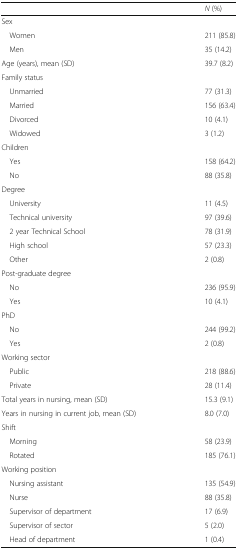
<table><thead><tr><td></td><td><b><i>N</i> (%)</b></td></tr></thead><tbody><tr><td colspan="2">Sex</td></tr><tr><td> Women</td><td>211 (85.8)</td></tr><tr><td> Men</td><td>35 (14.2)</td></tr><tr><td>Age (years), mean (SD)</td><td>39.7 (8.2)</td></tr><tr><td colspan="2">Family status</td></tr><tr><td> Unmarried</td><td>77 (31.3)</td></tr><tr><td> Married</td><td>156 (63.4)</td></tr><tr><td> Divorced</td><td>10 (4.1)</td></tr><tr><td> Widowed</td><td>3 (1.2)</td></tr><tr><td colspan="2">Children</td></tr><tr><td> Yes</td><td>158 (64.2)</td></tr><tr><td> No</td><td>88 (35.8)</td></tr><tr><td colspan="2">Degree</td></tr><tr><td> University</td><td>11 (4.5)</td></tr><tr><td> Technical university</td><td>97 (39.6)</td></tr><tr><td> 2 year Technical School</td><td>78 (31.9)</td></tr><tr><td> High school</td><td>57 (23.3)</td></tr><tr><td> Other</td><td>2 (0.8)</td></tr><tr><td colspan="2">Post-graduate degree</td></tr><tr><td> No</td><td>236 (95.9)</td></tr><tr><td> Yes</td><td>10 (4.1)</td></tr><tr><td colspan="2">PhD</td></tr><tr><td> No</td><td>244 (99.2)</td></tr><tr><td> Yes</td><td>2 (0.8)</td></tr><tr><td colspan="2">Working sector</td></tr><tr><td> Public</td><td>218 (88.6)</td></tr><tr><td> Private</td><td>28 (11.4)</td></tr><tr><td>Total years in nursing, mean (SD)</td><td>15.3 (9.1)</td></tr><tr><td>Years in nursing in current job, mean (SD)</td><td>8.0 (7.0)</td></tr><tr><td colspan="2">Shift</td></tr><tr><td> Morning</td><td>58 (23.9)</td></tr><tr><td> Rotated</td><td>185 (76.1)</td></tr><tr><td colspan="2">Working position</td></tr><tr><td> Nursing assistant</td><td>135 (54.9)</td></tr><tr><td> Nurse</td><td>88 (35.8)</td></tr><tr><td> Supervisor of department</td><td>17 (6.9)</td></tr><tr><td> Supervisor of sector</td><td>5 (2.0)</td></tr><tr><td> Head of department</td><td>1 (0.4)</td></tr></tbody></table>